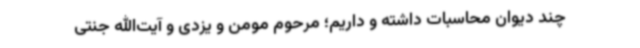
چند دیوان محاسبات داشته و داریم؛ مرحوم مومن و یزدی و آیت‌الله جنتی